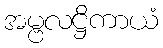
အမ္ဗလဋ္ဌိကာယံ